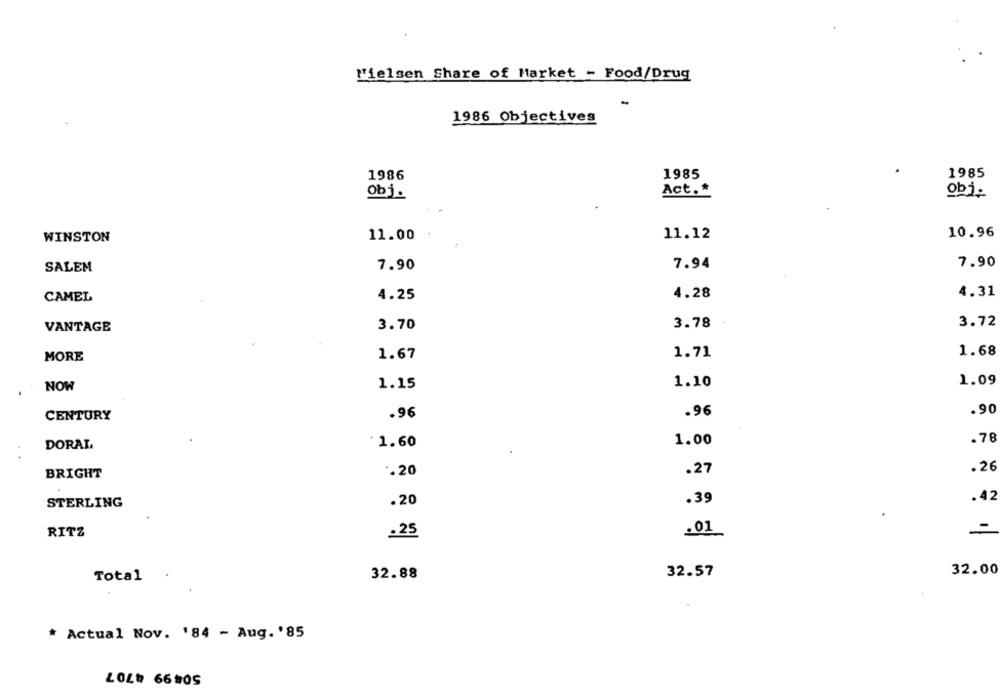
Nielsen Share of Market - Food/Drug
1986 Objectives
1985
1985
1986
obj.
Act .*
obj.
WINSTON
11.00
11.12
10.96
7.94
7.90
SALEM
7.90
4.31
CAMEL
4.25
4.28
VANTAGE
3.70
3.78
3.72
1.67
1.71
1.68
MORE
1.10
1.09
NOW
1.15
.90
CENTURY
.96
.96
.78
DORAI.
1.60
1.00
BRIGHT
1.20
.27
.26
.20
.39
.42
STERLING
.01
-
RITZ
.25
32.00
Total
32.88
32.57
* Actual Nov. '84 - Aug. '85
50499 4707